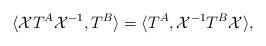
LaTeX: \begin{align*}\langle {\cal X}T^{A}{\cal X}^{-1}, T^{B}\rangle =\langle T^{A},{\cal X}^{-1}T^{B}{\cal X}\rangle,\end{align*}